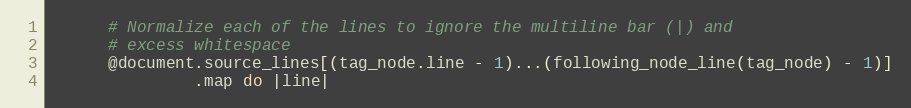
Language: Ruby
      # Normalize each of the lines to ignore the multiline bar (|) and
      # excess whitespace
      @document.source_lines[(tag_node.line - 1)...(following_node_line(tag_node) - 1)]
               .map do |line|